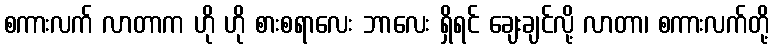
စကားလက် လာတာက ဟို ဟို စားစရာလေး ဘာလေး ရှိရင် ချေးချင်လို့ လာတာ၊ စကားလက်တို့